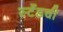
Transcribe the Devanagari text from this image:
स्टँडची